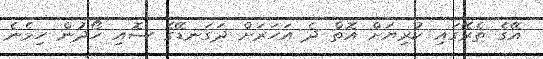
އޭގެ ތެރޭގައި ކުރިޔަށް އޮތް ދެ އަހަރަށް ދަގަނޑޭގެ ސޮއި ހޯދުން ހިމެނެ